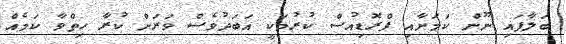
ބަލާފައި ނޫން ކަމަށާއި ޕްރޮޑިއުސް ކުރުމަކީ އަބަދުވެސް ވަރަށް ކުރާ ހިތްވާ ކަމެއް